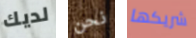
لديك نحن شريكها